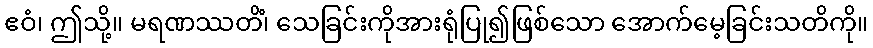
ဧဝံ၊ ဤသို့။ မရဏဿတိံ၊ သေခြင်းကိုအားရုံပြု၍ဖြစ်သော အောက်မေ့ခြင်းသတိကို။